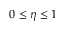
0 \leq \eta \leq 1